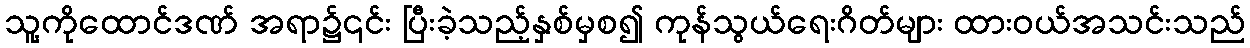
သူ့ကိုထောင်ဒဏ် အရာ၌၎င်း ပြီးခဲ့သည့်နှစ်မှစ၍ ကုန်သွယ်ရေးဂိတ်များ ထားဝယ်အသင်းသည်